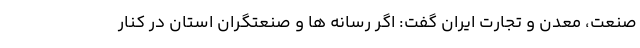
صنعت، معدن و تجارت ایران گفت: اگر رسانه ها و صنعتگران استان در کنار